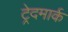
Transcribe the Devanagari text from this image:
ट्रेदमार्क